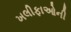
ખલીફાઓની